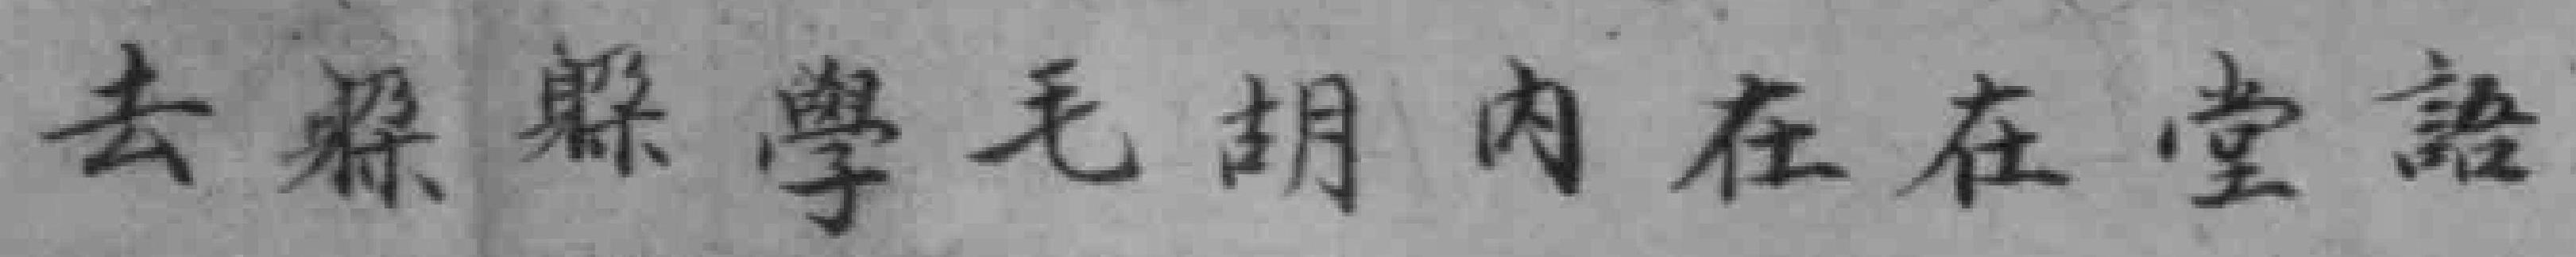
去躲躲學毛胡內在在堂語